Scientific memoirs by medical officers of the Army of India - Part IX,
Year: 1895
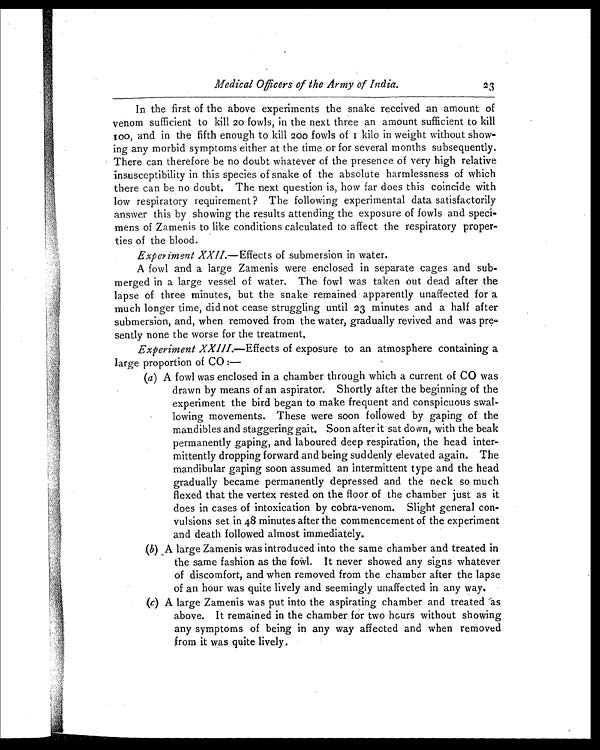
Medical Officers of the Army of India.
In the first of the above experiments the snake received an amount of
venom sufficient to kill 20 fowls, in the next three an amount sufficient to kill
100, and in the fifth enough to kill 200 fowls of I kilo in weight without show-
ing any morbid symptoms either at the time or for several months subsequently.
There can therefore be no doubt whatever of the presence of very high relative
insusceptibility in this species of snake of the absolute harmlessness of which
there can be no doubt. The next question is, how far does this coincide with
low respiratory requirement ? The following experimental data satisfactorily
answer this by showing the results attending the exposure of fowls and speci-
mens of Zamenis to like conditions calculated to affect the respiratory proper-
ties of the blood.
Experiment XXII.—Effects of submersion in water.
A fowl and a large Zamenis were enclosed in separate cages and sub-
merged in a large vessel of water. The fowl was taken out dead after the
lapse of three minutes, but the snake remained apparently unaffected for a
much longer time, did not cease struggling until 23 minutes and a half after
submersion, and, when removed from the water, gradually revived and was pre-
sently none the worse for the treatment.
Experiment XXIII.— Effects of exposure to an atmosphere containing a
large proportion of CO :—
( a ) A f o w l w a s e n c l o s e d i n a c h a m b e r t h r o u g h w h i c h a c u r r e n t o f C O w a s
drawn by means of an aspirator. Shortly after the beginning of the
experiment the bird began to make frequent and conspicuous swal-
lowing movements. These were soon followed by gaping of the
mandibles and staggering gait. Soon after it sat down, with the beak
permanently gaping, and laboured deep respiration, the head inter-
mittently dropping forward and being suddenly elevated again. The
mandibular gaping soon assumed an intermittent type and the head
gradually became permanently depressed and the neck so much
flexed that the vertex rested on the floor of the chamber just as it
does in cases of intoxication by cobra-venom. Slight general con-
vulsions set in 48 minutes after the commencement of the experiment
and death followed almost immediately.
( b ) A large Zamenis was introduced into the same chamber and treated in
the same fashion as the fowl. It never showed any signs whatever
of discomfort, and when removed from the chamber after the lapse
of an hour was quite lively and seemingly unaffected in any way.
( c ) A l a r g e Z a m e n i s w a s p u t i n t o t h e a s p i r a t i n g c h a m b e r a n d t r e a t e d a s
above. It remained in the chamber for two hours without showing
any symptoms of being in any way affected and when removed
from it was quite lively.